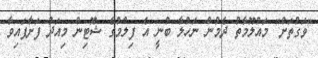
"ވަގުތަށް" މައުލޫމާތު ދެމުން ނަހުލާ ބުނީ އެ ފިލްމުގެ ޝޫޓިން މިއަދު ފަށާފައިވާ